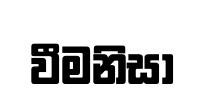
වීමනිසා